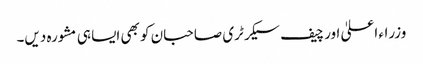
وزراء اعلیٰ اور چیف سیکرٹری صاحبان کو بھی ایسا ہی مشورہ دیں۔